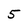
Character: 5